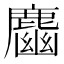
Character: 𪋎